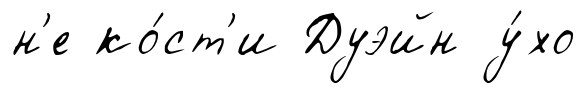
н'е ко́ст'и Дуэйн у́хо